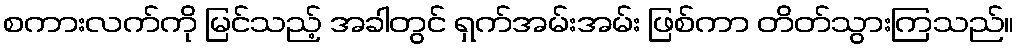
စကားလက်ကို မြင်သည့် အခါတွင် ရှက်အမ်းအမ်း ဖြစ်ကာ တိတ်သွားကြသည်။